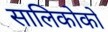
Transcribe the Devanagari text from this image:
सालिकोको